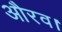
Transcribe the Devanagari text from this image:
औरव।